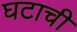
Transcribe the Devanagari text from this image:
घटाची